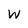
Character: W